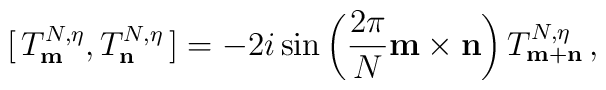
[\,T^{N,\eta}_{\bf m}, T^{N,\eta}_{\bf n}\,]  =-2i\sin\left(\frac{2\pi}{N}{\bf m\times n}\right)	 T^{N,\eta}_{\bf m+n}\,,